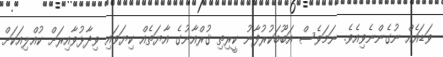
ވަޑައެއް ނުގެންނެވިއެވެ. ނަމަވެސް އަބޫބަކުރުފާނު ކީރިތި ޤުރްއާނުގެ އާޔަތެއް ކިޔަވައި ވިދާޅުވާއިރަށް ކުއްލިއަކަށް